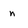
Character: n